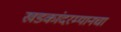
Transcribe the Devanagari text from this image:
खडकांदरम्यानचा